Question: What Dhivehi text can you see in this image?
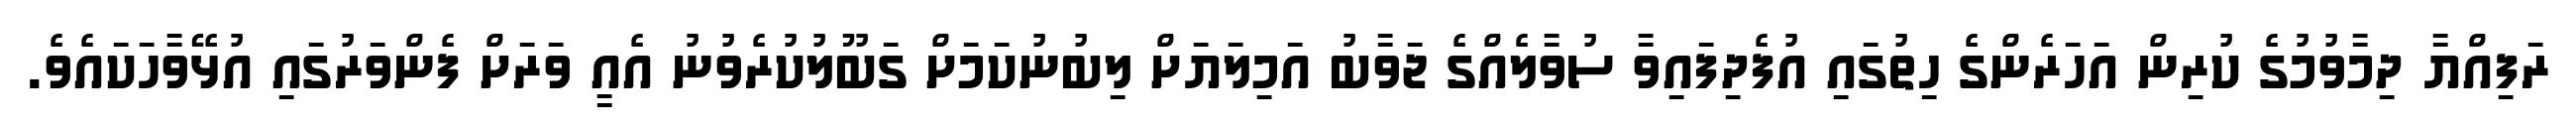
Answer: ރަފިއްޔާ ދިމާވުމުގެ ކުރިން އަހަރެންގެ ހިތުގައި އުފެދިފައިވާ ސުވާލެއްގެ ޖަވާބު އަމިލަޔަށް ލިބުނުކަމަށް ގަބޫލުކުރެވުނު އެއީ ވަރަށް ފެންވަރުގައި އުޅޭވާހަކައެވެ.